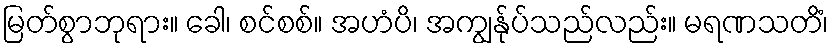
မြတ်စွာဘုရား။ ခေါ၊ စင်စစ်။ အဟံပိ၊ အကျွန်ုပ်သည်လည်း။ မရဏသတိံ၊